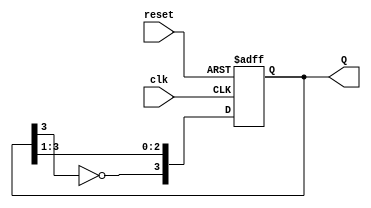
module johnson_counter(
    input wire clk,          // Clock input
    input wire reset,        // Asynchronous reset input
    output reg [3:0] Q       // 4-bit output representing the state of the counter
);

// Synchronous process for the Johnson counter
always @(posedge clk or posedge reset) begin
    if (reset) begin
        Q <= 4'b0000;       // Reset the counter to 0
    end else begin
        Q <= {~Q[3], Q[3:1]}; // Shift left and feed inverted last bit to the first bit
    end
end

endmodule